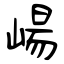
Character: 崵